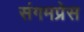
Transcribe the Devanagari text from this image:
संगमप्रेस